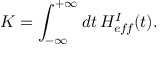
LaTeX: K = \int _ { - \infty } ^ { + \infty } d t \, H _ { e f \! f } ^ { I } ( t ) .